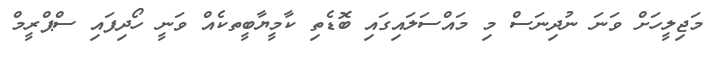
މަޖިލީހަށް ވަނަ ނުދިނަސް މި މައްސަލައިގައި ބޮޑެތި ކާމީޔާބީތކެއް ވަނީ ހޯދިފައި ސްޕްރީމް